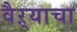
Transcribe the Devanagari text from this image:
वैऱ्याचा